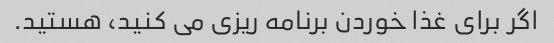
اگر برای غذا خوردن برنامه ریزی می کنید، هستید.